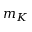
m _ { K }